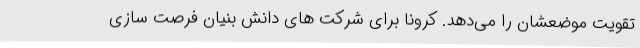
تقویت موضعشان را می‌دهد. کرونا برای شرکت های دانش بنیان فرصت سازی